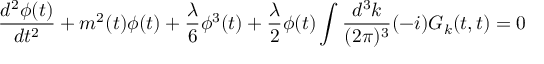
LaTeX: \frac { d ^ { 2 } \phi ( t ) } { d t ^ { 2 } } + m ^ { 2 } ( t ) \phi ( t ) + \frac { \lambda } { 6 } \phi ^ { 3 } ( t ) + \frac { \lambda } { 2 } \phi ( t ) \int \frac { d ^ { 3 } k } { ( 2 \pi ) ^ { 3 } } ( - i ) G _ { k } ( t , t ) = 0